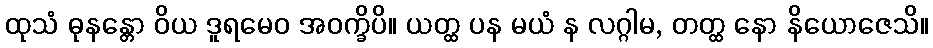
ထုသံ ဓုနန္တော ဝိယ ဒူရမေဝ အဝက္ခိပိ။ ယတ္ထ ပန မယံ န လဂ္ဂါမ, တတ္ထ နော နိယောဇေသိ။